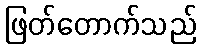
ဖြတ်တောက်သည်